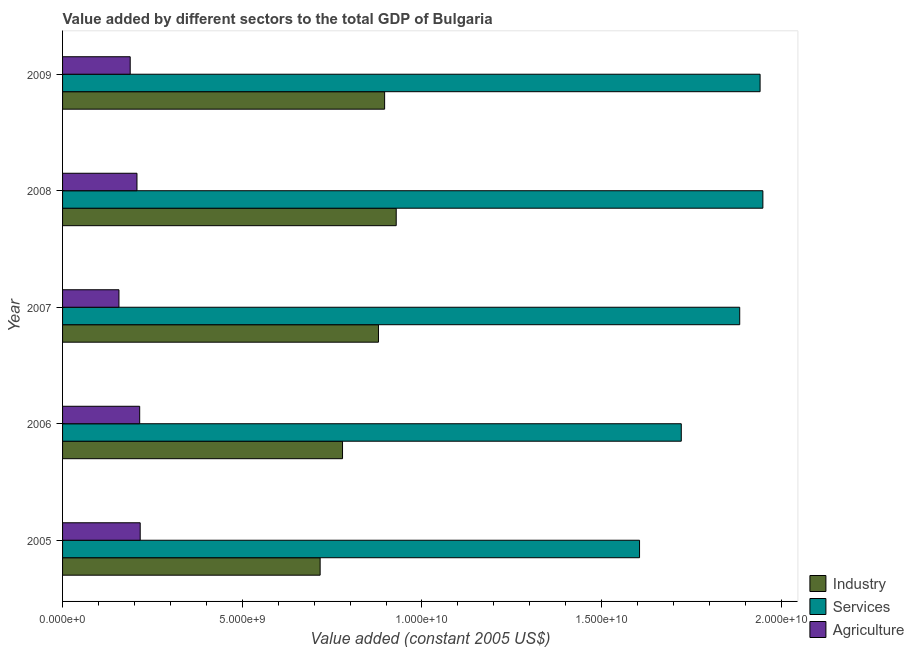
| Year | Industry | Services | Agriculture |
 | --- | --- | --- | --- |
 | 2005 | 7.17e+09 | 1.61e+10 | 2.16e+09 |
 | 2006 | 7.79e+09 | 1.72e+10 | 2.15e+09 |
 | 2007 | 8.79e+09 | 1.88e+10 | 1.57e+09 |
 | 2008 | 9.28e+09 | 1.95e+10 | 2.07e+09 |
 | 2009 | 8.96e+09 | 1.94e+10 | 1.88e+09 |